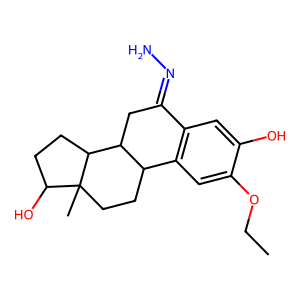
SMILES: CCOc1cc2c(cc1O)C(=NN)CC1C2CCC2(C)C(O)CCC12
Inhibits HIV replication: No